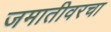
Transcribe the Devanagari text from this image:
जमातीवरचा